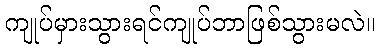
ကျုပ်မှားသွားရင်ကျုပ်ဘာဖြစ်သွားမလဲ။